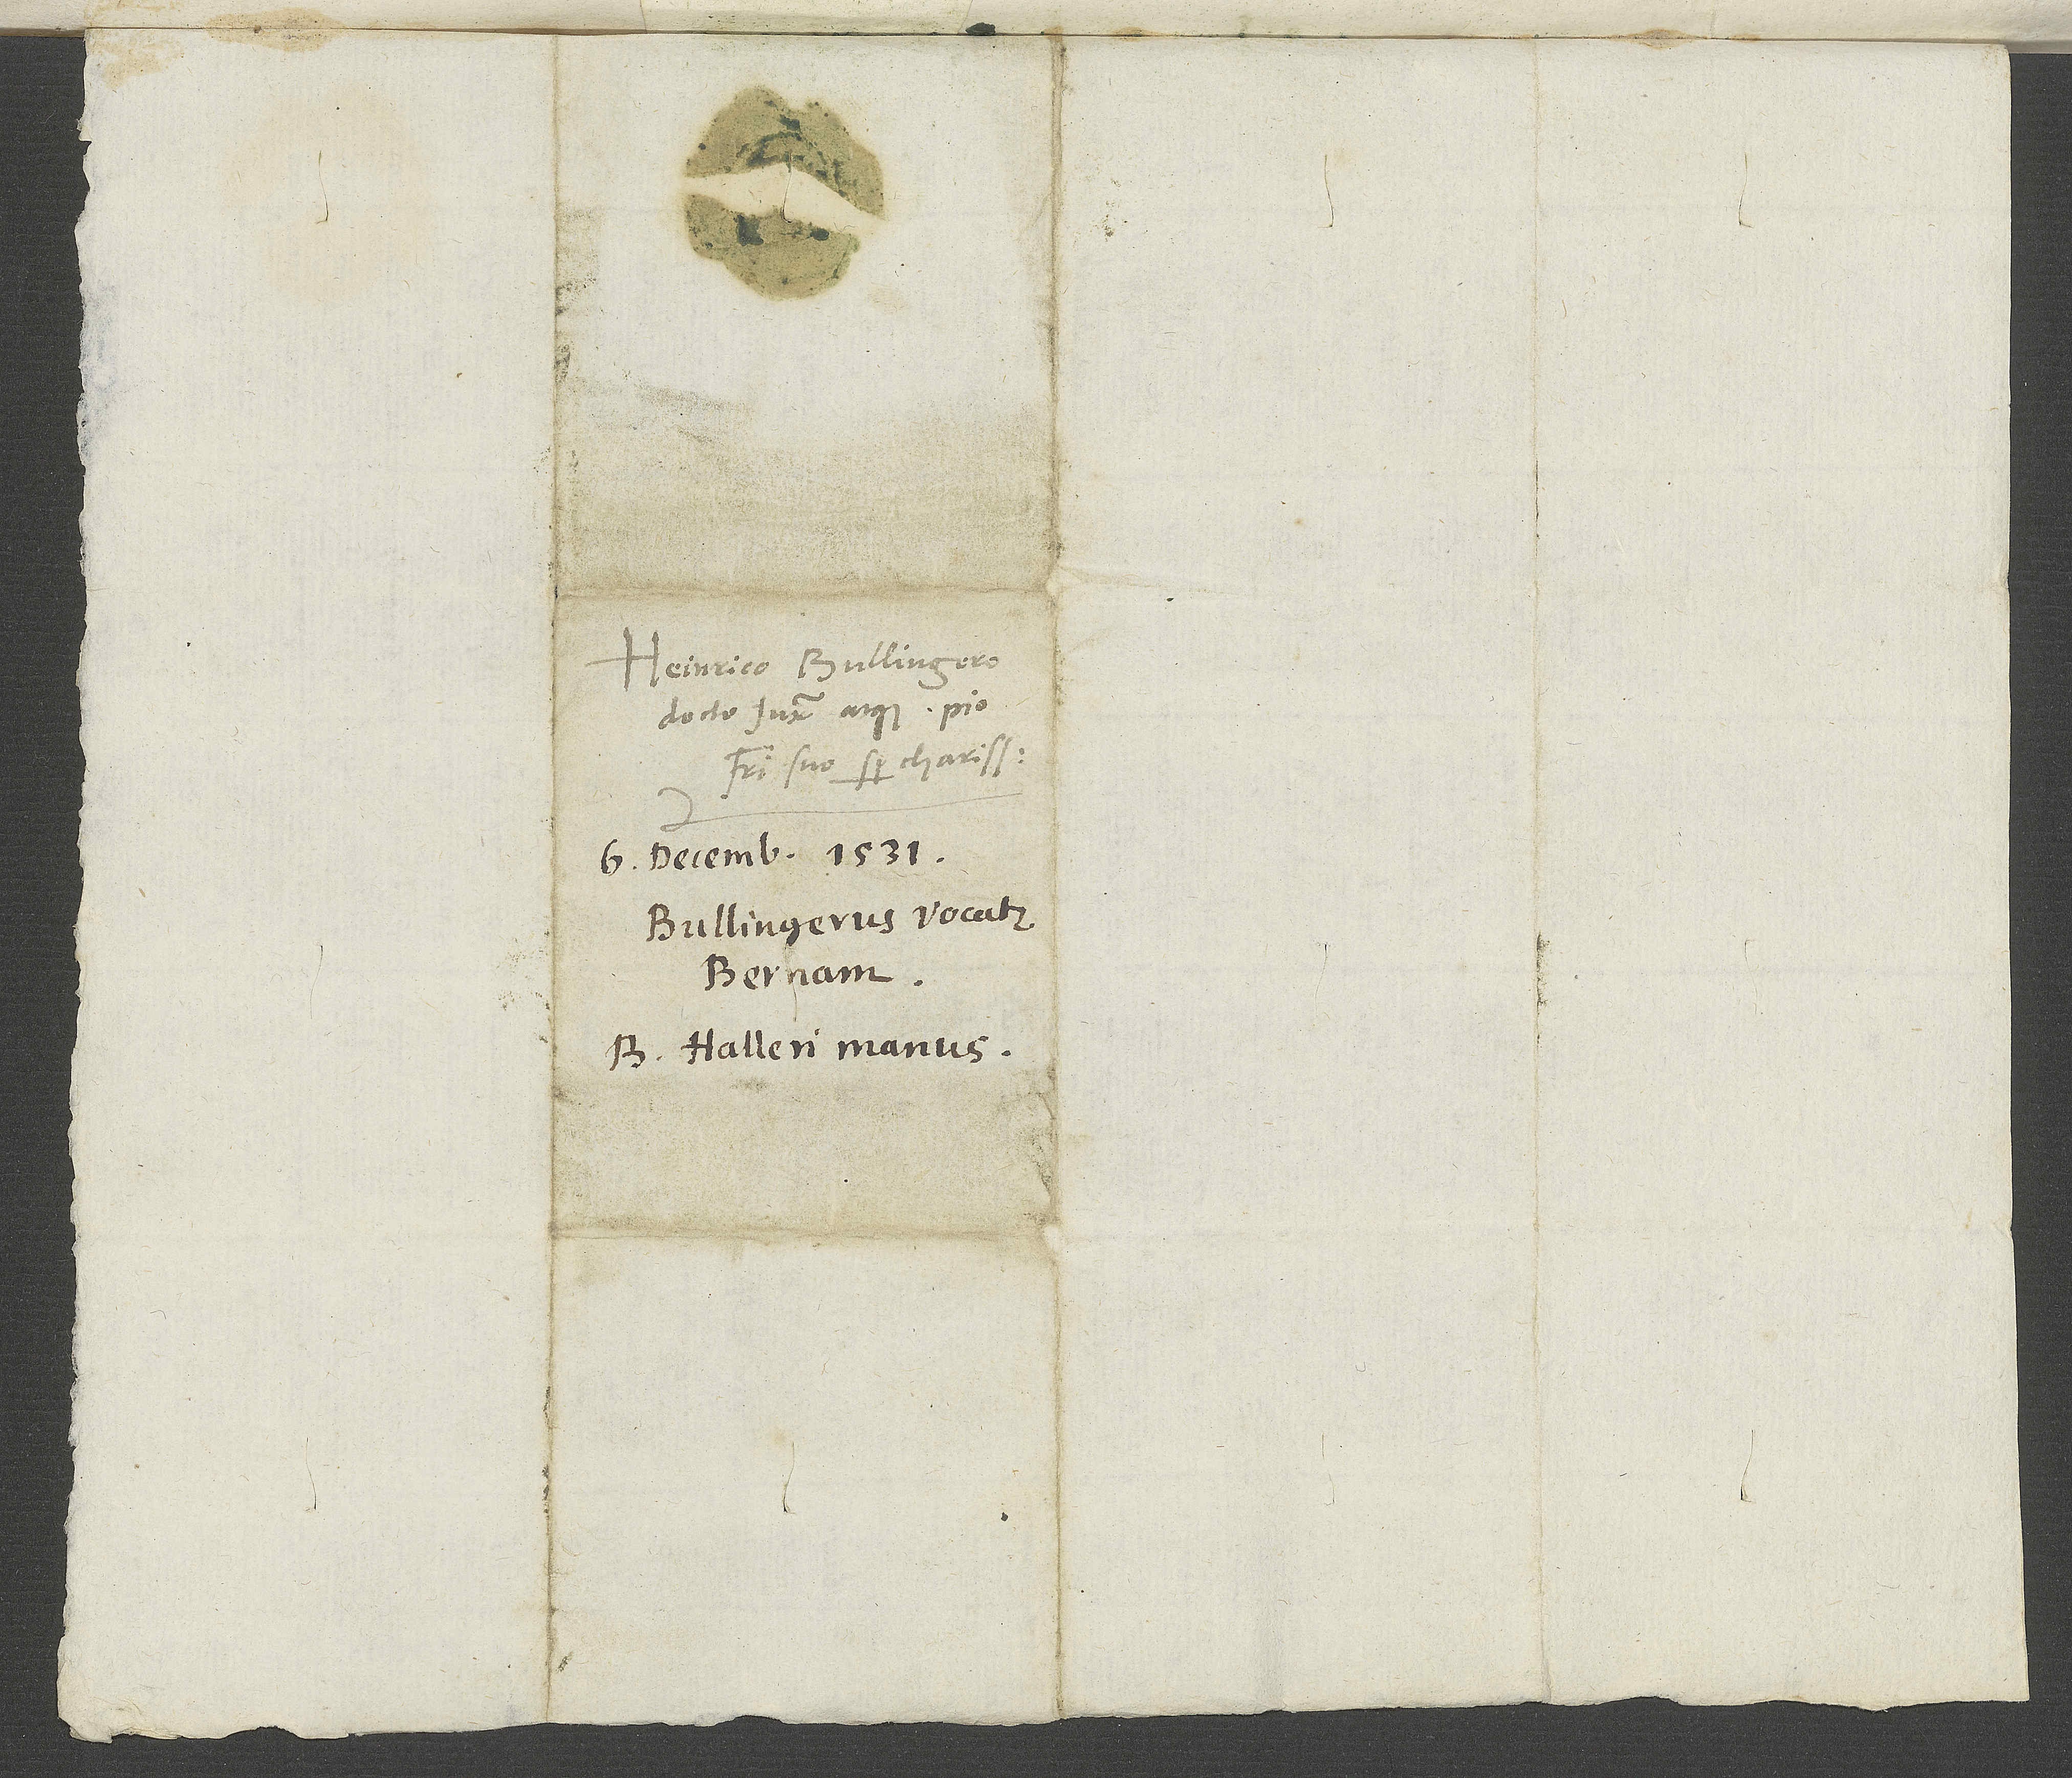
Heinrico Bullingero
docto iuxta atque pio,
fratri suo semper charissimo